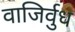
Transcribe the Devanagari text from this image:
वाजिर्वुध